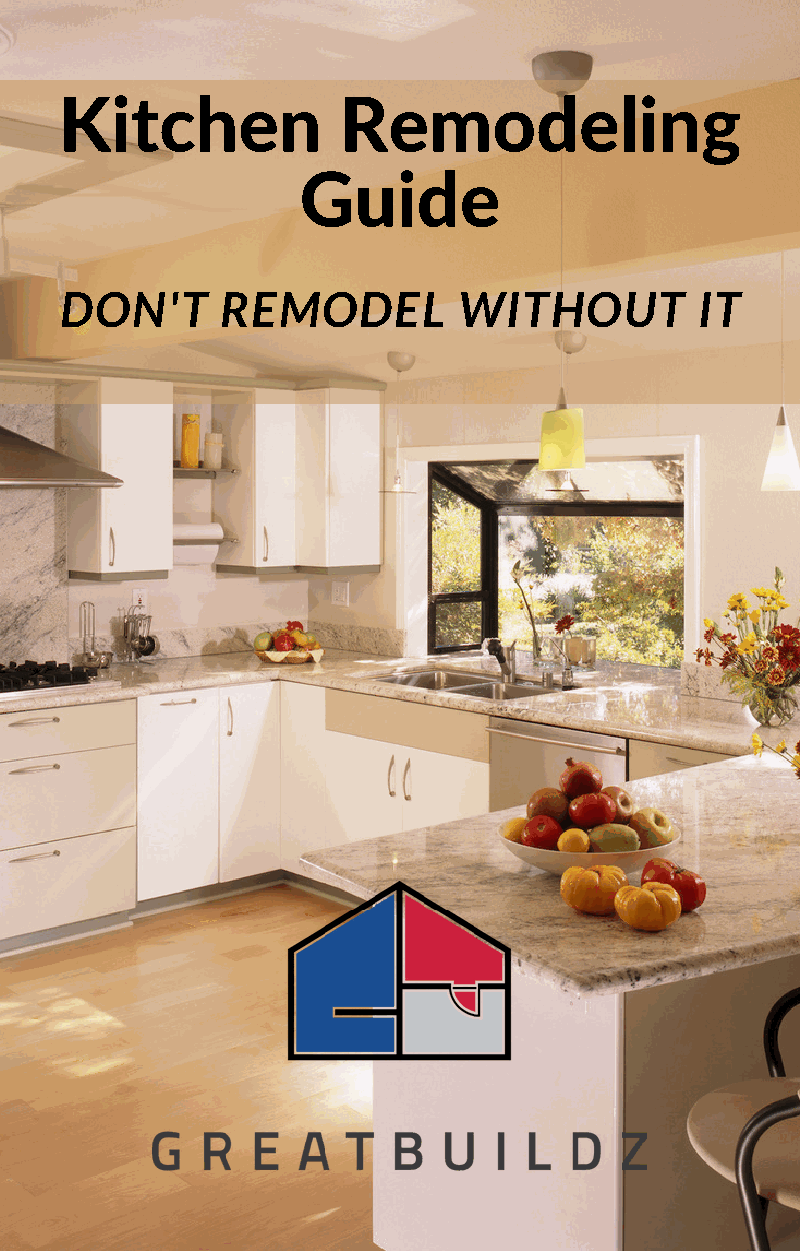
Kitchen           Remodeling
 Guide
 DON'T      REMODEL        WITHOUT         IT